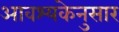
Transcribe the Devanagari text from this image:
आवश्यकेनुसार